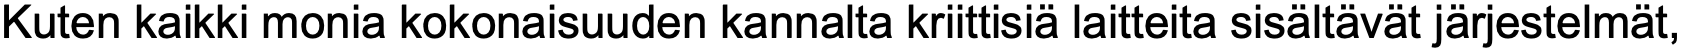
Kuten kaikki monia kokonaisuuden kannalta kriittisiä laitteita sisältävät järjestelmät,